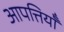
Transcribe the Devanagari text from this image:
आपत्तियॉँ